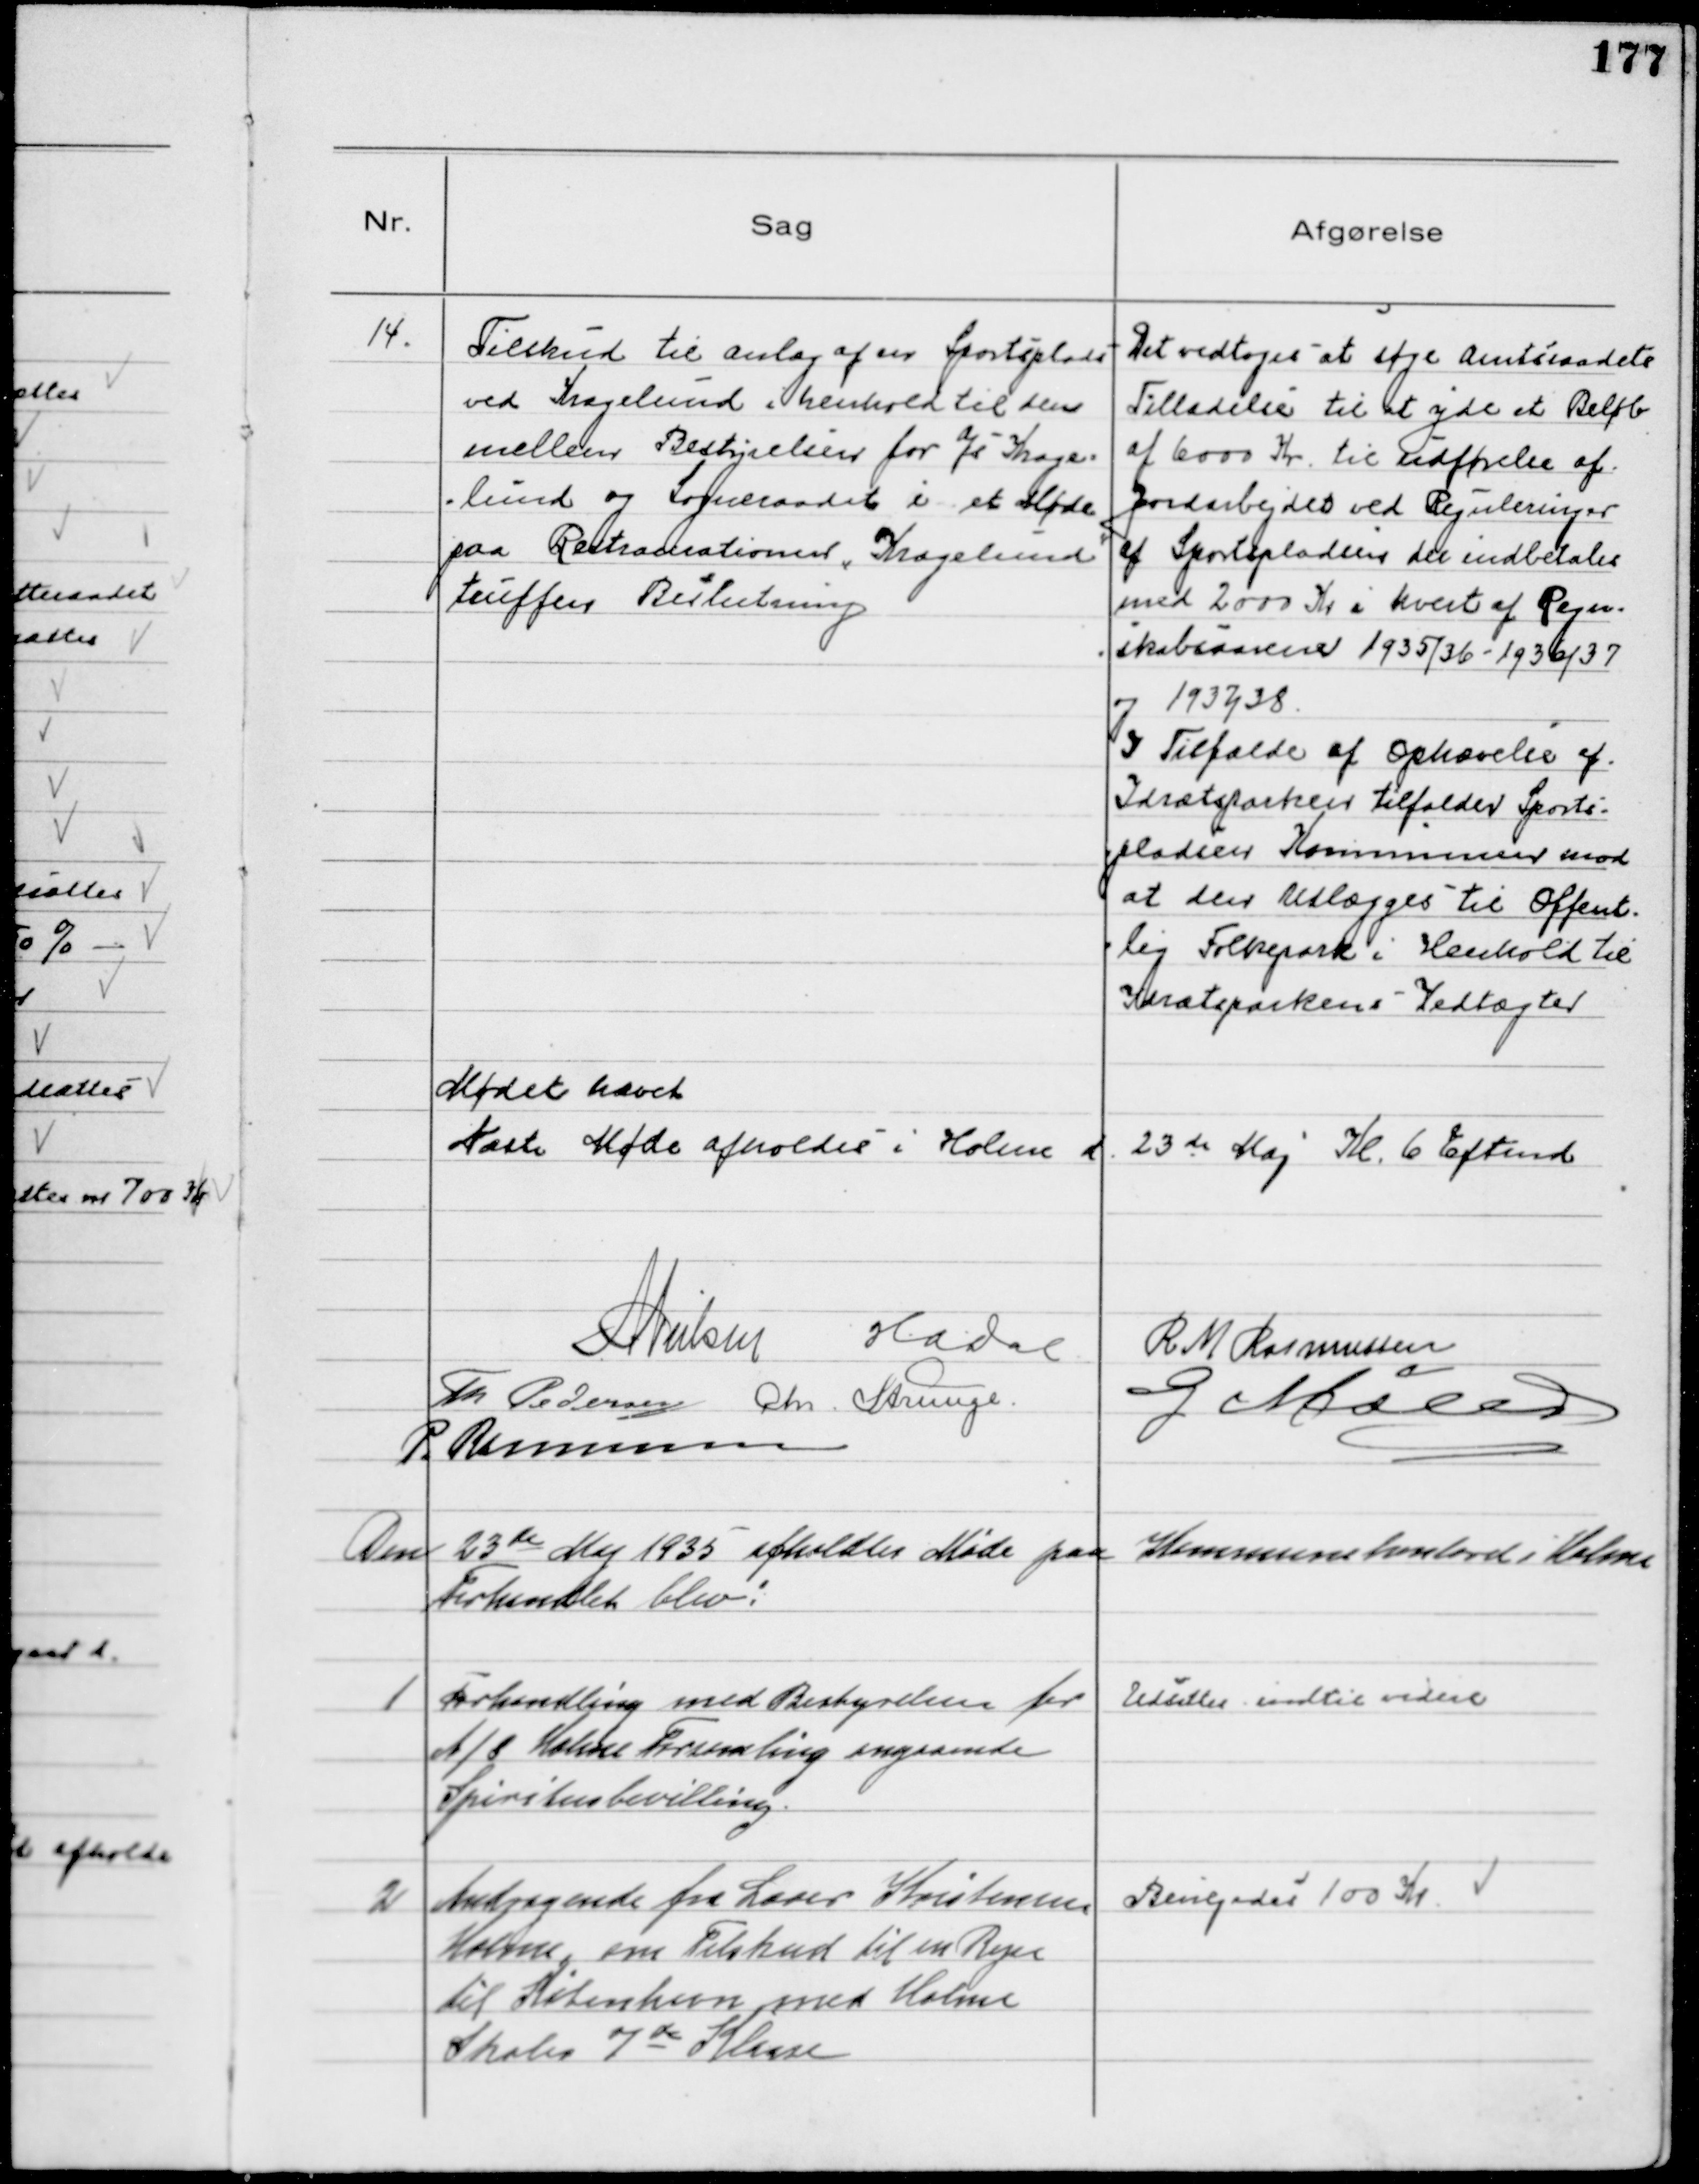
Transskription:
14.
Tilskud til Anlæg af en Sportsplads
ved Kragelund i henhold til den
mellem Bestyrelsen for a/s Krage-
-lund og Sogneraadet i et Møde
paa Restaurationen "Kragelund"
truffen Beslutning
Det vedtoges at søge Amtsraadets
Tilladelse til at yde et Beløb
af 6000 Kr. til udførelse af
Jordarbejdet ved Reguleringen
af Sportspladsen der indbetales
med 2000 Kr i hvert af Regn-
-skabsaarene 1935/36 - 1936/37
og 1937/38
I Tilfælde af Ophævelse af
Idrætsparken tilfalder Sports-
-pladsen Kommunen mod
at den Udlægges til Offent-
-lig Folkepark i Henhold til
Idrætsparkens Vedtægter

Mødet hævet
Næste Møde afholdes i Holme d. 23de Maj Kl. 6 Eftmd
N Nielsen
H.A. Dal
R M Rasmussen
Th Pedersen Chr. Strunge.
G Møller
P. Rasmussen

Den 23de Maj 1935 afholdtes Møde paa Kommunekontoret i Holme
Forhandlet blev!

1
Forhandling med Bestyrelsen for
A/S Holme Forsamling angaaende
Spiritusbevilling.

Udsattes indtil videre

2
Andragende fra Lærer Kristensen
Holme, om Tilskud til en Rejse
til København med Holme
Skoles 7de Klasse

Bevilgedes 100 Kr